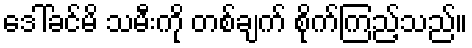
ဒေါ်ခင်မိ သမီးကို တစ်ချက် စိုက်ကြည့်သည်။